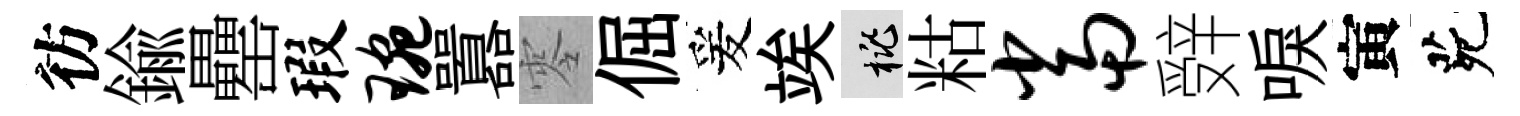
彷鍮罍瑕琬囂零倔爰竢桃䊀当辤唳寅茕